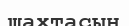
шахтасын